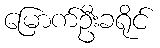
မြောက်ဦးခရိုင်